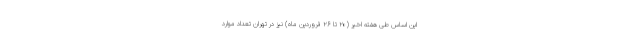
این اساس طی هفته اخیر (۲۰ تا ۲۶ فروردین ماه) نیز در تهران تعداد موارد